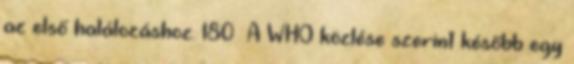
az első halálozáshoz. 180 A WHO közlése szerint később egy